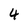
Character: 4